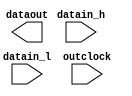
// megafunction wizard: %ALTDDIO_OUT%VBB%
// GENERATION: STANDARD
// VERSION: WM1.0
// MODULE: ALTDDIO_OUT 

// ============================================================
// Megafunction Name(s):
// 			ALTDDIO_OUT
//
// Simulation Library Files(s):
// 			altera_mf
// ============================================================
// ************************************************************
// THIS IS A WIZARD-GENERATED FILE. DO NOT EDIT THIS FILE!
//
// 17.0.0 Build 595 04/25/2017 SJ Lite Edition
// ************************************************************

//Copyright (C) 2017  Intel Corporation. All rights reserved.
//Your use of Intel Corporation's design tools, logic functions 
//and other software and tools, and its AMPP partner logic 
//functions, and any output files from any of the foregoing 
//(including device programming or simulation files), and any 
//associated documentation or information are expressly subject 
//to the terms and conditions of the Intel Program License 
//Subscription Agreement, the Intel Quartus Prime License Agreement,
//the Intel MegaCore Function License Agreement, or other 
//applicable license agreement, including, without limitation, 
//that your use is for the sole purpose of programming logic 
//devices manufactured by Intel and sold by Intel or its 
//authorized distributors.  Please refer to the applicable 
//agreement for further details.

module dd_buf (
	datain_h,
	datain_l,
	outclock,
	dataout);

	input	[0:0]  datain_h;
	input	[0:0]  datain_l;
	input	  outclock;
	output	[0:0]  dataout;

endmodule

// ============================================================
// CNX file retrieval info
// ============================================================
// Retrieval info: LIBRARY: altera_mf altera_mf.altera_mf_components.all
// Retrieval info: PRIVATE: INTENDED_DEVICE_FAMILY STRING "Cyclone IV E"
// Retrieval info: CONSTANT: EXTEND_OE_DISABLE STRING "OFF"
// Retrieval info: CONSTANT: INTENDED_DEVICE_FAMILY STRING "Cyclone IV E"
// Retrieval info: CONSTANT: INVERT_OUTPUT STRING "OFF"
// Retrieval info: CONSTANT: LPM_HINT STRING "UNUSED"
// Retrieval info: CONSTANT: LPM_TYPE STRING "altddio_out"
// Retrieval info: CONSTANT: OE_REG STRING "UNREGISTERED"
// Retrieval info: CONSTANT: POWER_UP_HIGH STRING "OFF"
// Retrieval info: CONSTANT: WIDTH NUMERIC "1"
// Retrieval info: USED_PORT: datain_h 0 0 1 0 INPUT NODEFVAL "datain_h[0..0]"
// Retrieval info: CONNECT: @datain_h 0 0 1 0 datain_h 0 0 1 0
// Retrieval info: USED_PORT: datain_l 0 0 1 0 INPUT NODEFVAL "datain_l[0..0]"
// Retrieval info: CONNECT: @datain_l 0 0 1 0 datain_l 0 0 1 0
// Retrieval info: USED_PORT: dataout 0 0 1 0 OUTPUT NODEFVAL "dataout[0..0]"
// Retrieval info: CONNECT: dataout 0 0 1 0 @dataout 0 0 1 0
// Retrieval info: USED_PORT: outclock 0 0 0 0 INPUT_CLK_EXT NODEFVAL "outclock"
// Retrieval info: CONNECT: @outclock 0 0 0 0 outclock 0 0 0 0
// Retrieval info: GEN_FILE: TYPE_NORMAL dd_buf.v TRUE FALSE
// Retrieval info: GEN_FILE: TYPE_NORMAL dd_buf.qip TRUE FALSE
// Retrieval info: GEN_FILE: TYPE_NORMAL dd_buf.bsf TRUE TRUE
// Retrieval info: GEN_FILE: TYPE_NORMAL dd_buf_inst.v TRUE TRUE
// Retrieval info: GEN_FILE: TYPE_NORMAL dd_buf_bb.v TRUE TRUE
// Retrieval info: GEN_FILE: TYPE_NORMAL dd_buf.inc TRUE TRUE
// Retrieval info: GEN_FILE: TYPE_NORMAL dd_buf.cmp TRUE TRUE
// Retrieval info: GEN_FILE: TYPE_NORMAL dd_buf.ppf TRUE FALSE
// Retrieval info: LIB_FILE: altera_mf